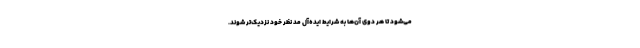
می‌شود تا هر دوی آن‌ها به شرایط ایده‌آل مد نظر خود نزدیک‌تر شوند.